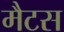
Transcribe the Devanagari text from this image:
मैटस